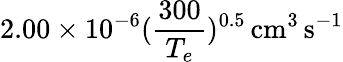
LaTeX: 2.00\times 10^{-6}(\frac{300}{T_{e}})^{0.5}\, \mathrm{cm^{3}\, s^{-1}}